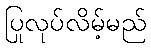
ပြုလုပ်လိမ့်မည်